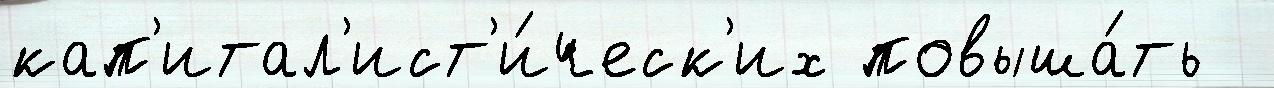
кап'итал'ист'и́ческ'их повыша́ть